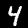
Digit: 4